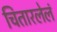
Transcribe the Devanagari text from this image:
चितारलेलं